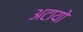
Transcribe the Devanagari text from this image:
अटायो